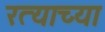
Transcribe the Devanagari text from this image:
रत्याच्या